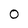
Character: 0